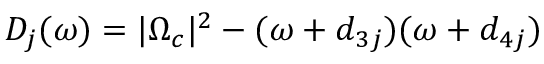
D _ { j } ( \omega ) = | \Omega _ { c } | ^ { 2 } - ( \omega + d _ { 3 j } ) ( \omega + d _ { 4 j } )